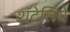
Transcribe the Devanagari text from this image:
शॅटेलिये